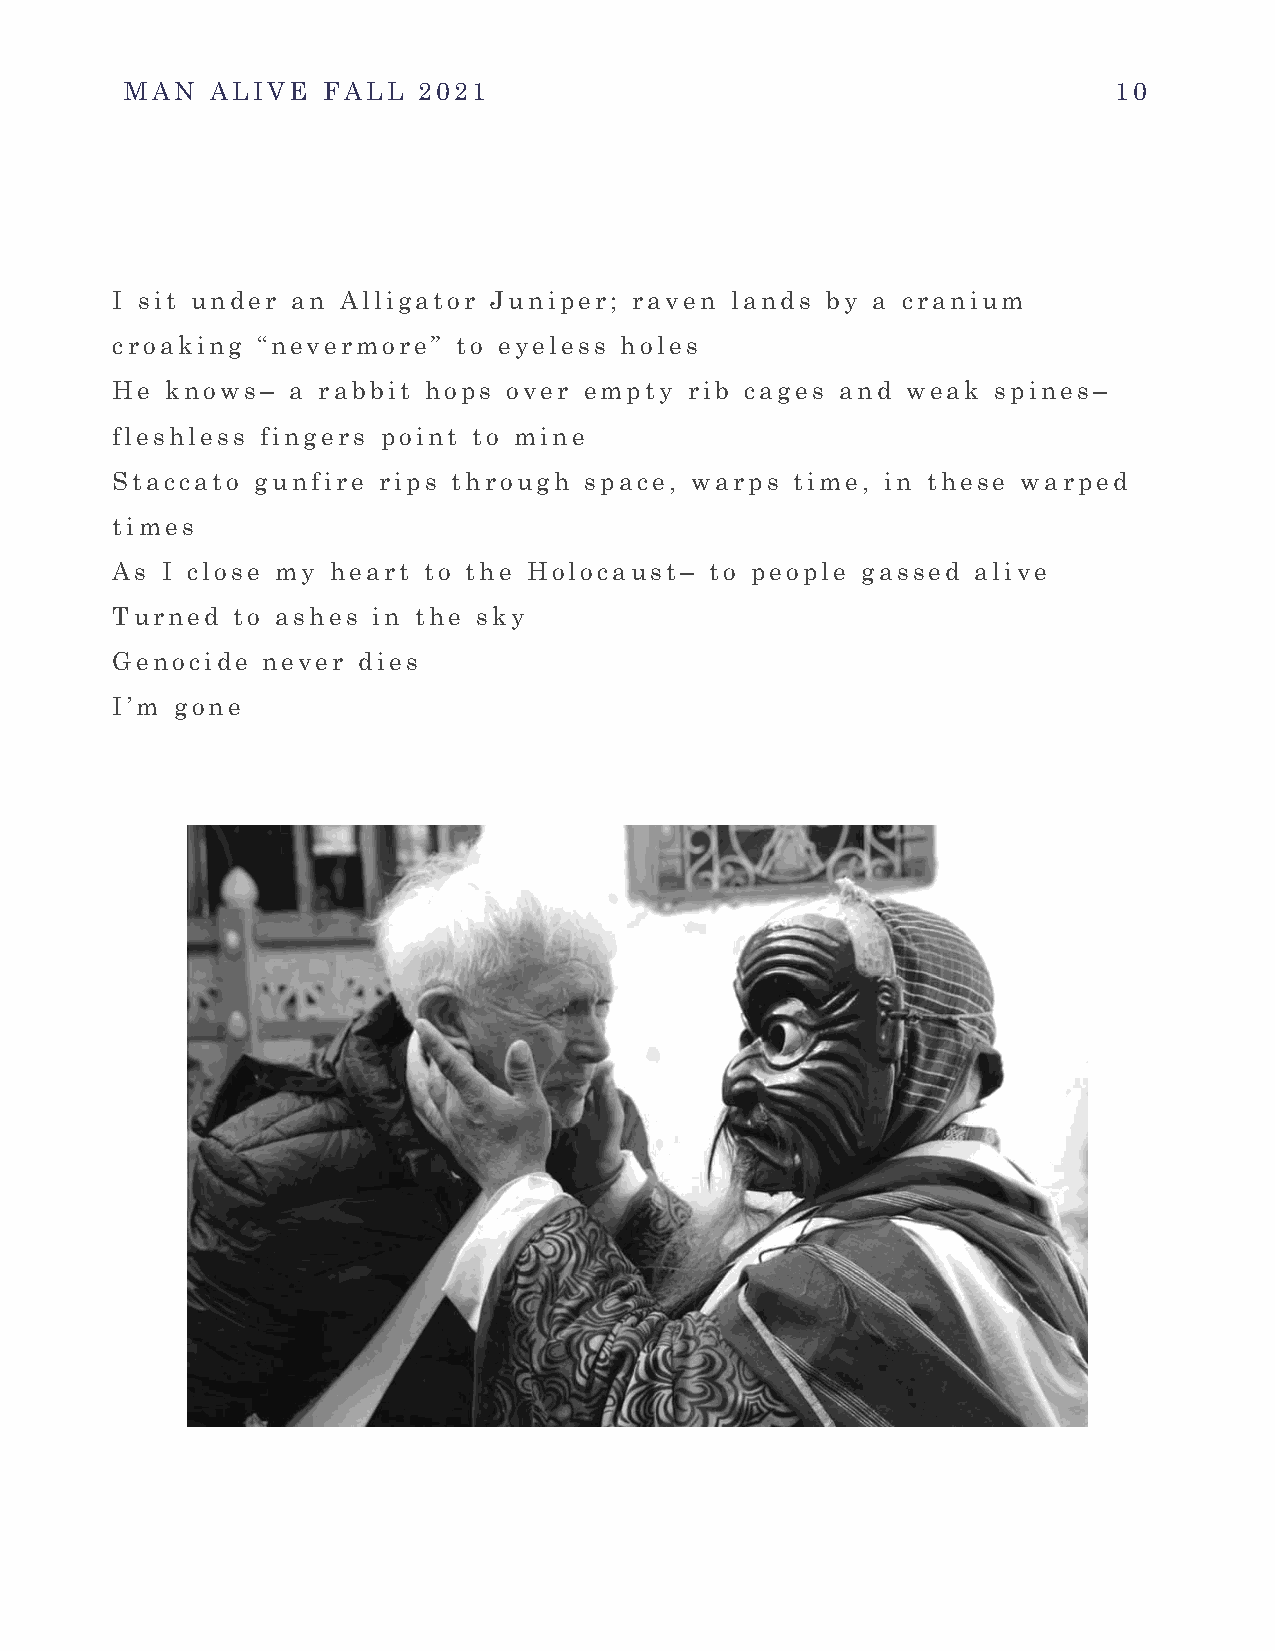
MAN   ALIVE  FALL   2021                                          10
 I sit under an  Alligator Juniper; raven lands  by a cranium
 croaking  “nevermore”  to eyeless holes
 He  knows–  a rabbit hops  over empty  rib cages and weak  spines–
 fleshless fingers point to mine
 Staccato  gunfire rips through  space, warps  time, in these warped
 times
 As  I close my heart to the Holocaust–  to people gassed  alive
 Turned  to ashes  in the sky
 Genocide  never  dies
 I’m  gone